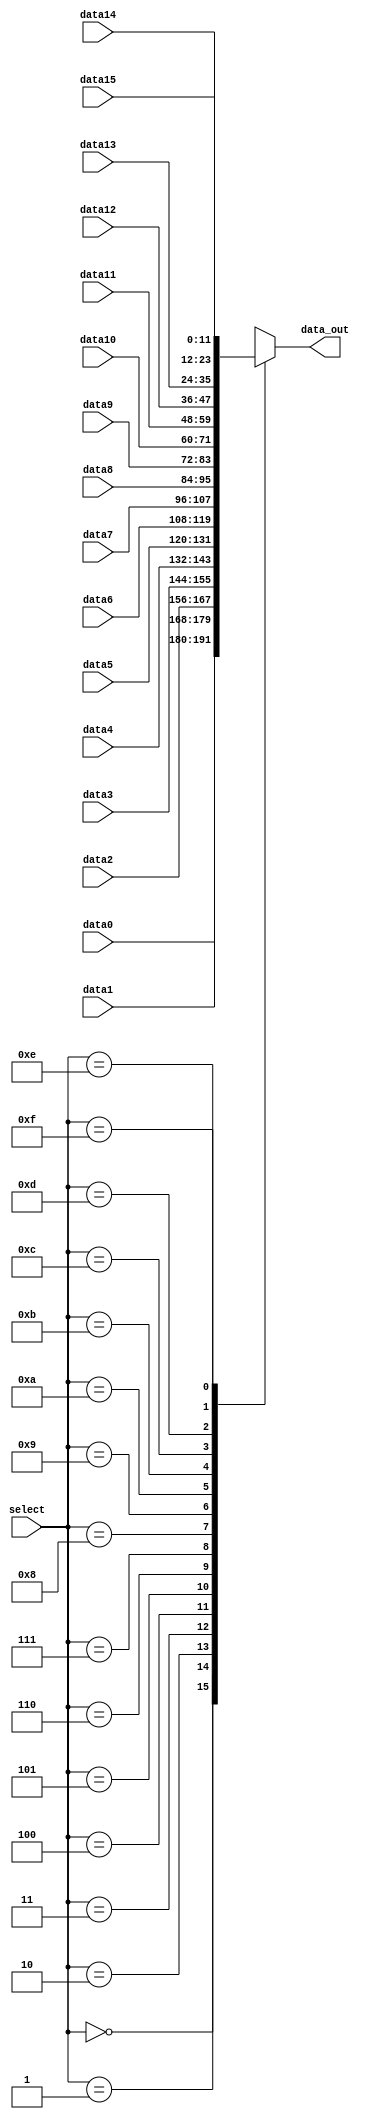
module mux_16to1(input wire [11:0] data0, data1, data2, data3, data4, data5, data6, data7, data8, data9, data10, data11, data12, data13, data14, data15,
                input wire [3:0] select,
           output reg [11:0] data_out
          );


  always @(*) begin
    casez (select)  
      4'b0000 : data_out = data0; 
      4'b0001 : data_out = data1; 
      4'b0010 : data_out = data2;
      4'b0011 : data_out = data3;
      4'b0100 : data_out = data4;
      4'b0101 : data_out = data5;
      4'b0110 : data_out = data6;
      4'b0111 : data_out = data7;
      4'b1000 : data_out = data8;
      4'b1001 : data_out = data9;
      4'b1010 : data_out = data10;
      4'b1011 : data_out = data11;
      4'b1100 : data_out = data12;
      4'b1101 : data_out = data13;
      4'b1110 : data_out = data14;
      4'b1111 : data_out = data15;
      default :  data_out = 12'b0;
     endcase  
   end  
  
endmodule